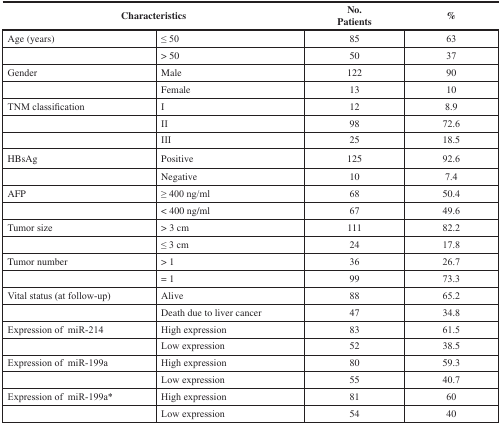
<table><thead><tr><td colspan="2"><b>Characteristics</b></td><td><b>No. Patients</b></td><td><b>%</b></td></tr></thead><tbody><tr><td>Age (years)</td><td>≤ 50</td><td>85</td><td>63</td></tr><tr><td></td><td>&gt; 50</td><td>50</td><td>37</td></tr><tr><td>Gender</td><td>Male</td><td>122</td><td>90</td></tr><tr><td></td><td>Female</td><td>13</td><td>10</td></tr><tr><td>TNM classification</td><td>I</td><td>12</td><td>8.9</td></tr><tr><td></td><td>II</td><td>98</td><td>72.6</td></tr><tr><td></td><td>III</td><td>25</td><td>18.5</td></tr><tr><td>HBsAg</td><td>Positive</td><td>125</td><td>92.6</td></tr><tr><td></td><td>Negative</td><td>10</td><td>7.4</td></tr><tr><td>AFP</td><td>≥ 400 ng/ml</td><td>68</td><td>50.4</td></tr><tr><td></td><td>&lt; 400 ng/ml</td><td>67</td><td>49.6</td></tr><tr><td>Tumor size</td><td>&gt; 3 cm</td><td>111</td><td>82.2</td></tr><tr><td></td><td>≤ 3 cm</td><td>24</td><td>17.8</td></tr><tr><td>Tumor number</td><td>&gt; 1</td><td>36</td><td>26.7</td></tr><tr><td></td><td>= 1</td><td>99</td><td>73.3</td></tr><tr><td>Vital status (at follow-up)</td><td>Alive</td><td>88</td><td>65.2</td></tr><tr><td></td><td>Death due to liver cancer</td><td>47</td><td>34.8</td></tr><tr><td>Expression of miR-214</td><td>High expression</td><td>83</td><td>61.5</td></tr><tr><td></td><td>Low expression</td><td>52</td><td>38.5</td></tr><tr><td>Expression of miR-199a</td><td>High expression</td><td>80</td><td>59.3</td></tr><tr><td></td><td>Low expression</td><td>55</td><td>40.7</td></tr><tr><td>Expression of miR-199a*</td><td>High expression</td><td>81</td><td>60</td></tr><tr><td></td><td>Low expression</td><td>54</td><td>40</td></tr></tbody></table>